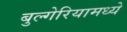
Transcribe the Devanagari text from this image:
बुल्गेरियामध्ये